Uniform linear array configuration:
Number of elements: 64
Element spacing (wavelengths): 1
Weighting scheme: hamming
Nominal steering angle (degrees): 45
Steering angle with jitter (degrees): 45.352
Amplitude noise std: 0.05
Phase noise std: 0.05

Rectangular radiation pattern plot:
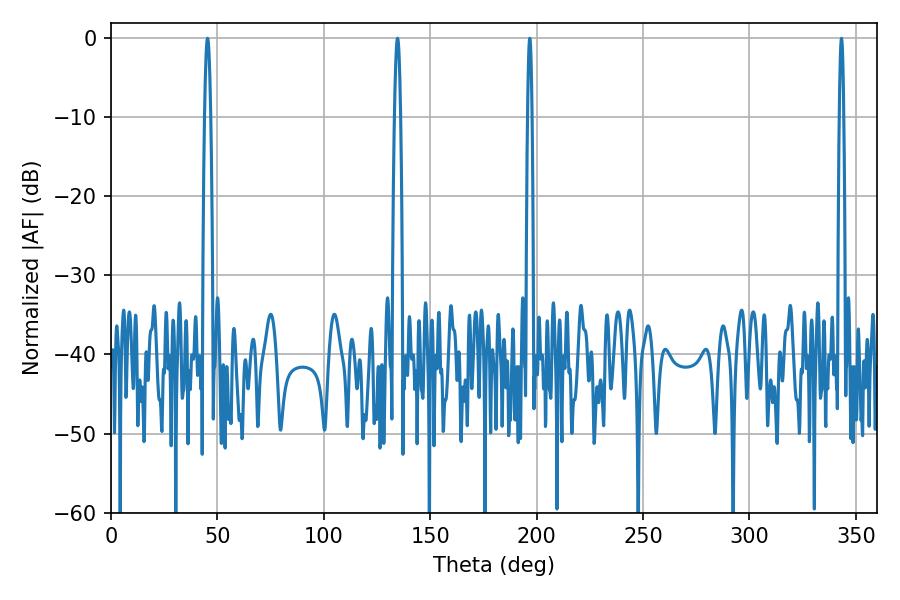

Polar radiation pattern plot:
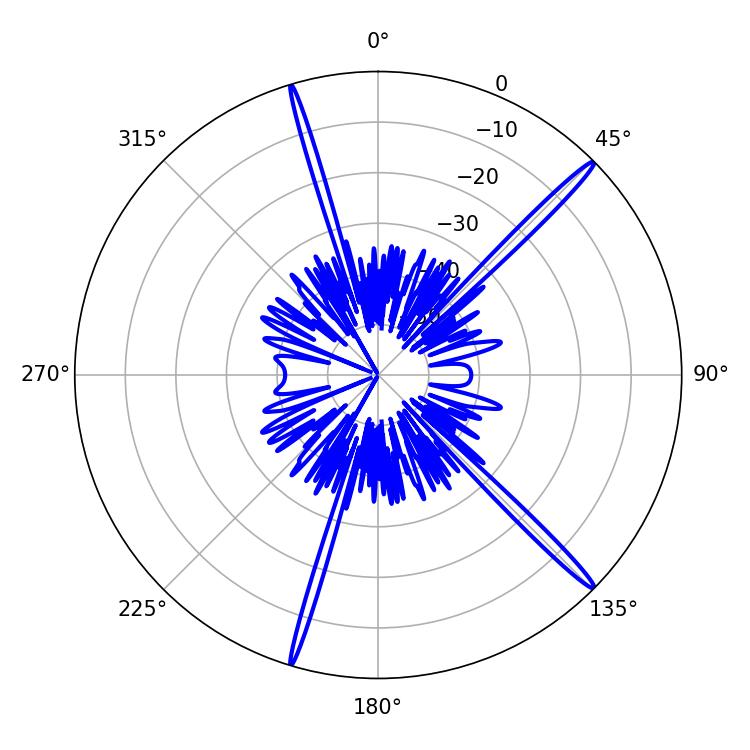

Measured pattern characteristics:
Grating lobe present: TRUE
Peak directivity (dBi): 18.15
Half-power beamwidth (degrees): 1.44
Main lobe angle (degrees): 45.36